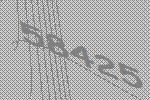
58425